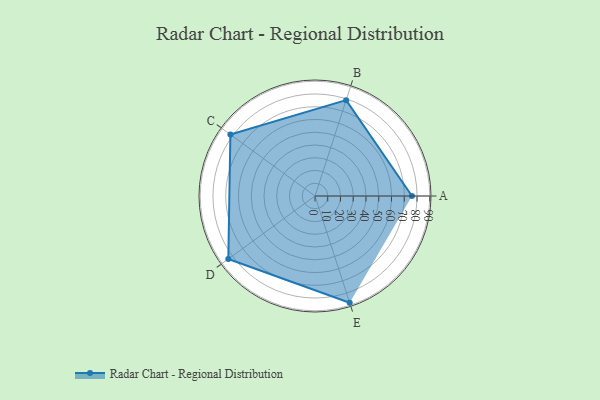
{"axis": {"x": "Skill", "y": "Score"}, "legend": ["Profile"], "data": [{"x": "A", "y": 76.0, "type": "Profile"}, {"x": "B", "y": 79.0, "type": "Profile"}, {"x": "C", "y": 82.0, "type": "Profile"}, {"x": "D", "y": 84.0, "type": "Profile"}, {"x": "E", "y": 88.0, "type": "Profile"}]}